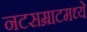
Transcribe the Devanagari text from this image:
नटसम्राटमध्ये